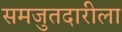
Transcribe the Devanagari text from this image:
समजुतदारीला